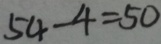
5 4 - 4 = 5 0